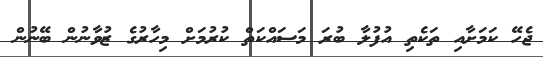
ޖެހޭ ކަމަށާއި ތަކެތި އުފުލާ ބުރަ މަސައްކަތް ކުރުމަށް މިހާރުގެ ޒުވާނުން ބޭނުން